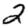
Digit: 2